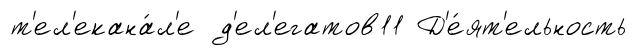
т'ел'екана́л'е д'ел'егатов11 Д'е́ят'ельность